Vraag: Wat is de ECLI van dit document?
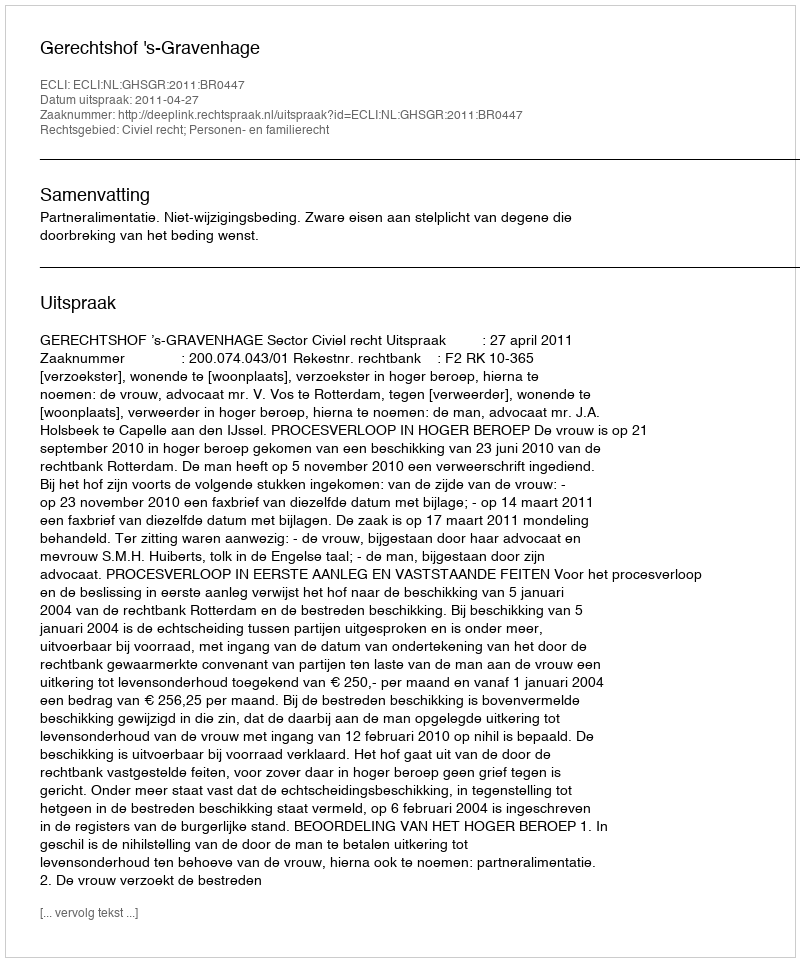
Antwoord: ECLI:NL:GHSGR:2011:BR0447